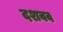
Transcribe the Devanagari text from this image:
दशवव